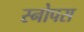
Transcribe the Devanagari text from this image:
स्नोपस